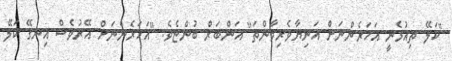
"ކަލޭ ތިއުޅެނީ އަހަރެންނަށް އަނިޔާވެރިވާންތަ" އަންބަރް ބުންޏެވެ. "އަހަރެންނަށް އޭރުވެސް އިނގޭ ކަލޭ